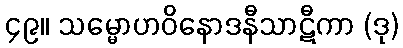
၄၉။ သမ္မောဟဝိနောဒနီသာဋီကာ (ဒု)